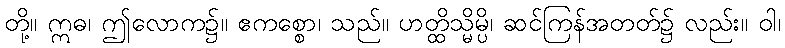
တို့။ ဣဓ၊ ဤလောက၌။ ဧကစ္စော၊ သည်။ ဟတ္ထိသ္မိမ္ပိ၊ ဆင်ကြန်အတတ်၌ လည်း။ ဝါ၊